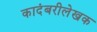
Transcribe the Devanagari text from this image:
कादंबरीलेखक